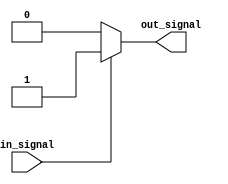
module ActiveHighBuffer (
    input wire in_signal,
    output reg out_signal
);

always @ (in_signal)
begin
    if(in_signal)
        out_signal = 1'b1;
    else
        out_signal = 1'b0;
end

endmodule